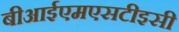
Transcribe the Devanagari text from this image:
बीआईएमएसटीइसी